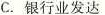
C.银行业发达